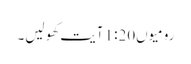
رومیوں1:20 آیت کھولیں۔